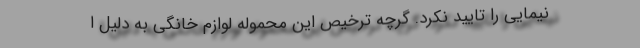
نیمایی را تایید نکرد. گرچه ترخیص این محموله لوازم خانگی به دلیل ا